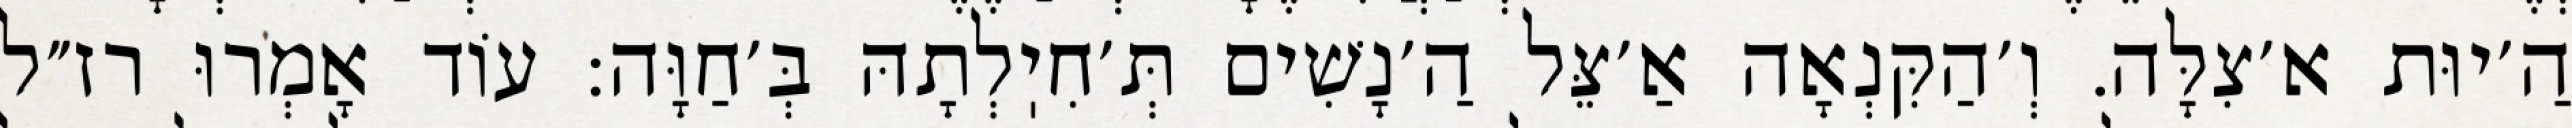
הַ׳יוּת א׳צִלָּה. וְ׳הַקִּנְאָה אַ׳צֵּל הַ׳נָשִׁים תְּ׳חִיֽלְתָהּ בְּ׳חַוָּה: עוֹד אָמְרוּ רז״ל